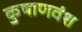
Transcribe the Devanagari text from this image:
कुषाणवंश